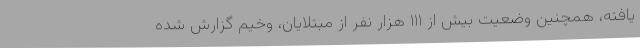
یافته، همچنین وضعیت بیش از ۱۱۱ هزار نفر از مبتلایان، وخیم گزارش شده